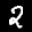
Label: 2